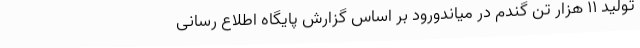
تولید 11 هزار تن گندم در میاندورود بر اساس گزارش پایگاه اطلاع رسانی